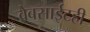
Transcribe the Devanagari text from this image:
वेबसाईटही